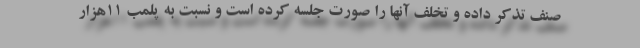
صنف تذکر داده و تخلف آنها را صورت جلسه کرده است و نسبت به پلمب ۱۱هزار